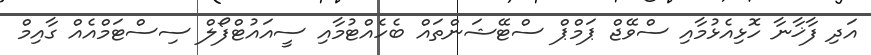
އަދި ފާޚާނާ ހޮޅިއެޅުމާއި ސްވޭޖް ޕަމްޕް ސްޓޭޝަންތައް ބެހެއްޓުމާއި ސީއައުޓްފޯލް ސިސްޓަމްއެއް ގާއިމް